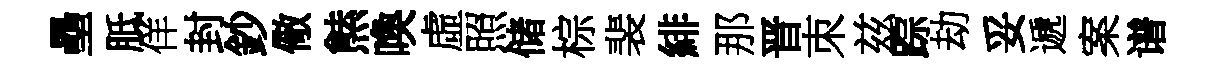
壘胝佯封鈔儆㷱喚虛照储棕裴緋那晋朿兹踪劫妥遞案谱